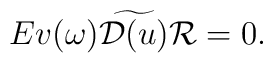
Ev(\omega)\widetilde{{\cal D}(u)}{\cal R} = 0.